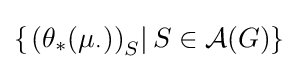
\left\{\left.\left(\theta _{*}(\mu _{\cdot })\right)_{S}\right|S\in {\mathcal {A}}(G)\right\}